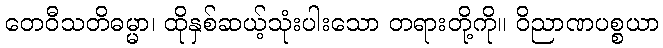
တေဝီသတိဓမ္မာ၊ ထိုနှစ်ဆယ့်သုံးပါးသော တရားတို့ကို။ ဝိညာဏပစ္စယာ